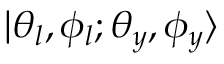
| \theta _ { l } , \phi _ { l } ; \theta _ { y } , \phi _ { y } \rangle